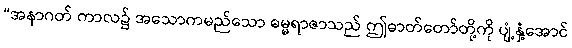
“အနာဂတ် ကာလ၌ အသောကမည်သော ဓမ္မရာဇာသည် ဤဓာတ်တော်တို့ကို ပျံ့နှံ့အောင်